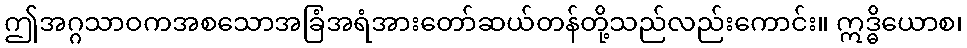
ဤအဂ္ဂသာဝကအစသောအခြံအရံအားတော်ဆယ်တန်တို့သည်လည်းကောင်း။ ဣဒ္ဓိယောစ၊